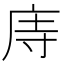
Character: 庤